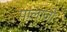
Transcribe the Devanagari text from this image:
पालाजो